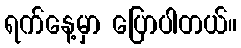
ရက်နေ့မှာ ပြောပါတယ်။